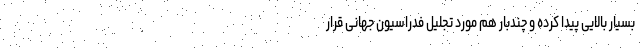
بسیار بالایی پیدا کرده و چندبار هم مورد تجلیل فدراسیون جهانی قرار